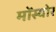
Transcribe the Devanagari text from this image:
मोंस्योर